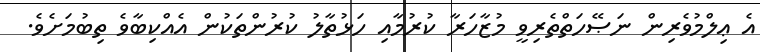
އެ ޢިލްމުވެރިން ނަޞޭހަތްތެރިވީ މުޒާހަރާ ކުރުމާއި ހަޅުތާލު ކުރުންތަކުން އެއްކިބާވެ ތިބުމަށެވެ.